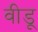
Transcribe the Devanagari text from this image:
वीडू